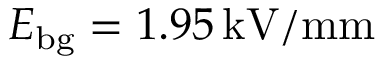
E _ { \mathrm { { b g } } } = 1 . 9 5 \, \mathrm { k V / m m }